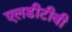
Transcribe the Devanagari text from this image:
एलडीटीवी